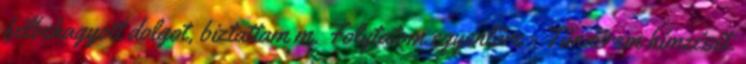
félbehagyott dolgot, biztattam m. Folytatom egyenlőre - Tündérem hímzését.